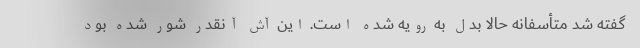
گفته شد متأسفانه حالا بدل به رویه شده است. این‌ آش آنقدر شور شده بود